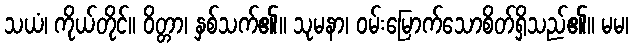
သယံ၊ ကိုယ်တိုင်။ ဝိတ္တာ၊ နှစ်သက်၏။ သုမနာ၊ ဝမ်းမြောက်သောစိတ်ရှိသည်၏။ မမ၊